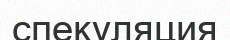
спекуляция